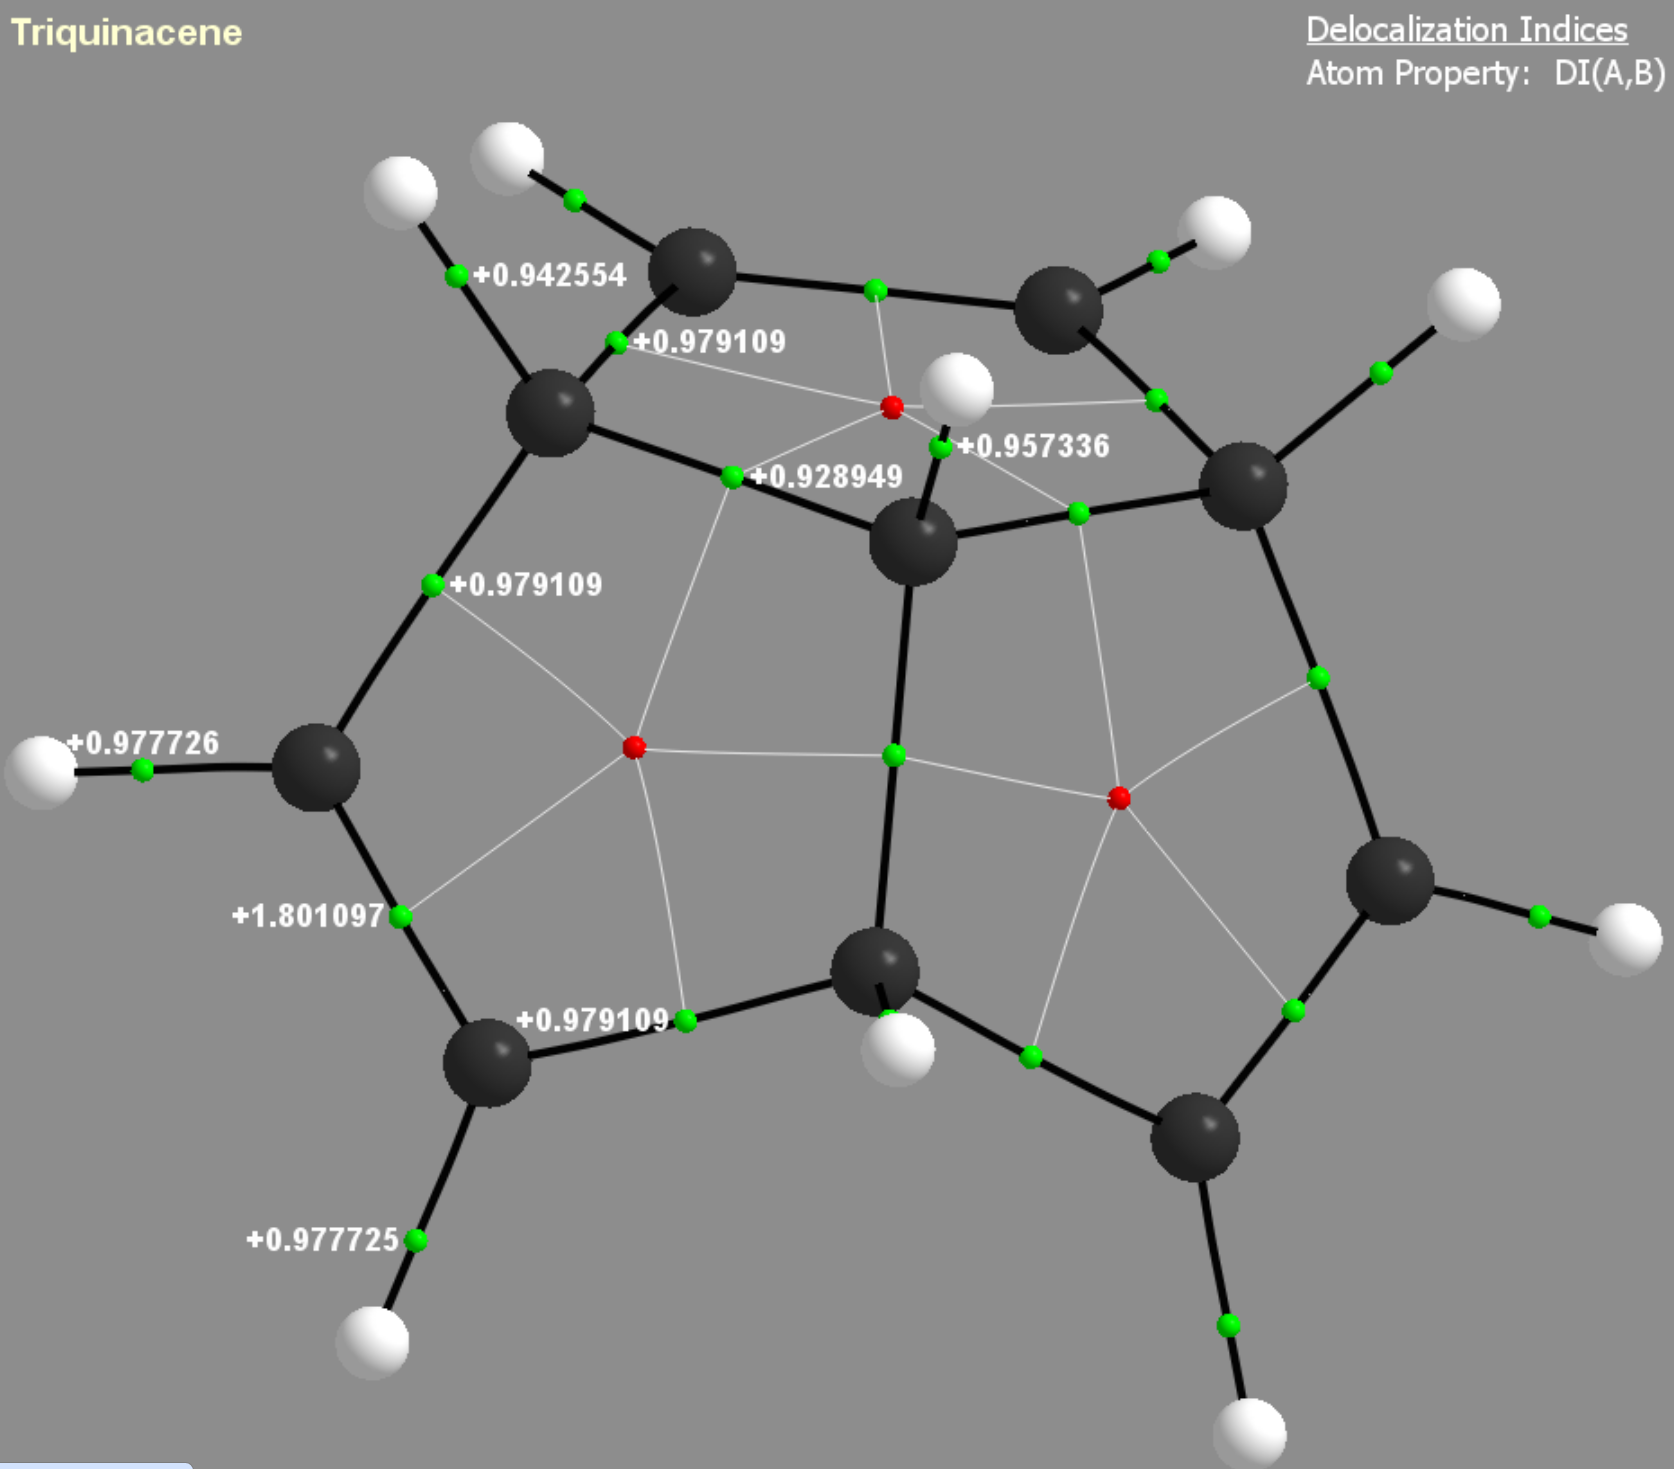
aimaii, QTAIM,critical points